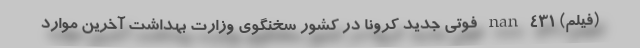
(فیلم) nan ۴۳۱ فوتی جدید کرونا در کشور سخنگوی وزارت بهداشت آخرین موارد